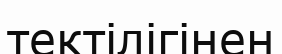
тектілігінен